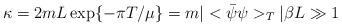
LaTeX: \begin{align*}\kappa = 2mL\exp\{-\pi T/\mu\} = m|<\bar{\psi}\psi>_{T}|\beta L \gg 1\end{align*}